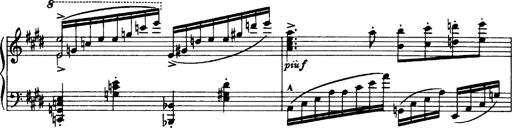
Title: OuvertÃ¼re zu TannhÃ¤user
Composer: Franz Liszt